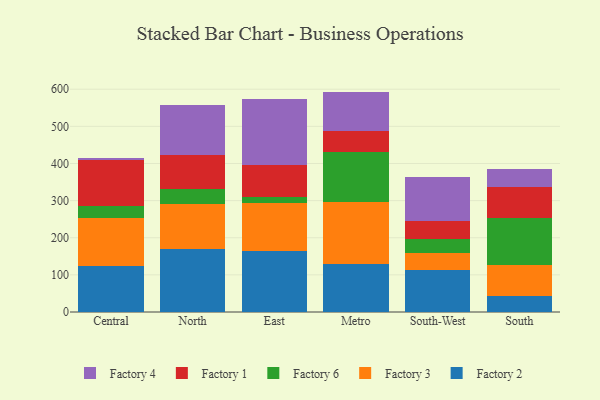
{"axis": {"x": "Region", "y": "Energy Usage (MWh)"}, "legend": ["Factory 1", "Factory 2", "Factory 3", "Factory 4", "Factory 6"], "data": [{"x": "Central", "y": 123.7, "type": "Factory 2"}, {"x": "Central", "y": 130.2, "type": "Factory 3"}, {"x": "Central", "y": 32.1, "type": "Factory 6"}, {"x": "Central", "y": 122.9, "type": "Factory 1"}, {"x": "Central", "y": 5.4, "type": "Factory 4"}, {"x": "North", "y": 169.4, "type": "Factory 2"}, {"x": "North", "y": 122.1, "type": "Factory 3"}, {"x": "North", "y": 40.3, "type": "Factory 6"}, {"x": "North", "y": 90.9, "type": "Factory 1"}, {"x": "North", "y": 135.2, "type": "Factory 4"}, {"x": "East", "y": 164.4, "type": "Factory 2"}, {"x": "East", "y": 127.9, "type": "Factory 3"}, {"x": "East", "y": 17.1, "type": "Factory 6"}, {"x": "East", "y": 85.9, "type": "Factory 1"}, {"x": "East", "y": 178.6, "type": "Factory 4"}, {"x": "Metro", "y": 130.1, "type": "Factory 2"}, {"x": "Metro", "y": 166.0, "type": "Factory 3"}, {"x": "Metro", "y": 134.7, "type": "Factory 6"}, {"x": "Metro", "y": 57.1, "type": "Factory 1"}, {"x": "Metro", "y": 105.7, "type": "Factory 4"}, {"x": "South-West", "y": 113.0, "type": "Factory 2"}, {"x": "South-West", "y": 45.7, "type": "Factory 3"}, {"x": "South-West", "y": 37.9, "type": "Factory 6"}, {"x": "South-West", "y": 48.3, "type": "Factory 1"}, {"x": "South-West", "y": 119.8, "type": "Factory 4"}, {"x": "South", "y": 42.7, "type": "Factory 2"}, {"x": "South", "y": 83.8, "type": "Factory 3"}, {"x": "South", "y": 126.4, "type": "Factory 6"}, {"x": "South", "y": 83.1, "type": "Factory 1"}, {"x": "South", "y": 49.7, "type": "Factory 4"}]}